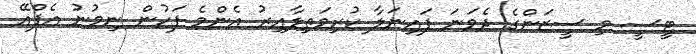
ޓީސީ މި ސީޒަންގެ ދެވަނަ ފައިނަލާ ކުރިމަތިލާއިރު އެންމެ ފަހުން ނިމުނު އެފްއޭ